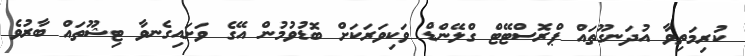
ކުރިމަތިވާ އުދަނގޫތައް ޕްރޮސްޓޭޓް ގްލޭންޑް ވަކިވަރަކަށް ބޮޑުވުމުން އޭގެ ވަށައިގެނވާ ޓިޝޫތައް ބާރުވެ